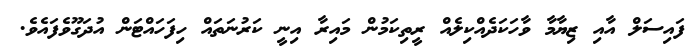
ފައިސަލް އާއި ޒިޔާމާ ވާހަކަދެއްކިލެއް ރީތިކަމުން މައިރާ އިނީ ކަރުނަތައް ހިފަހައްޓަން އުދަގޫވެފައެވެ.